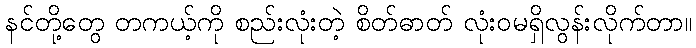
နင်တို့တွေ တကယ့်ကို စည်းလုံးတဲ့ စိတ်ဓာတ် လုံးဝမရှိလွန်းလိုက်တာ။